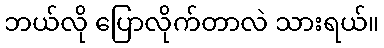
ဘယ်လို ပြောလိုက်တာလဲ သားရယ်။